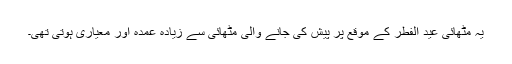
یہ مٹھائی عید الفطر کے موقع پر پیش کی جانے والی مٹھائی سے زیادہ عمدہ اور معیاری ہوتی تھی۔